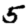
Digit: 5